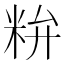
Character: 𥹇